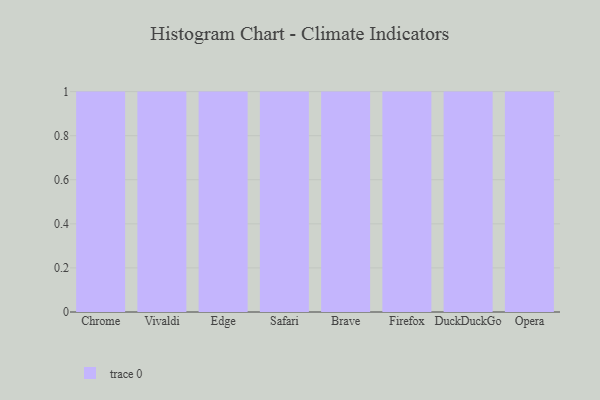
{"axis": {"x": "Browser", "y": "Humidity (%)"}, "legend": [""], "data": [{"x": "Chrome", "y": 37, "type": ""}, {"x": "Vivaldi", "y": 25, "type": ""}, {"x": "Edge", "y": 86, "type": ""}, {"x": "Safari", "y": 62, "type": ""}, {"x": "Brave", "y": 50, "type": ""}, {"x": "Firefox", "y": 78, "type": ""}, {"x": "DuckDuckGo", "y": 3, "type": ""}, {"x": "Opera", "y": 44, "type": ""}]}